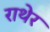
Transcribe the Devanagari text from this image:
राथेर